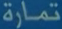
تمارة